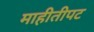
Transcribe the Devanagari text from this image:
माहीतीपट